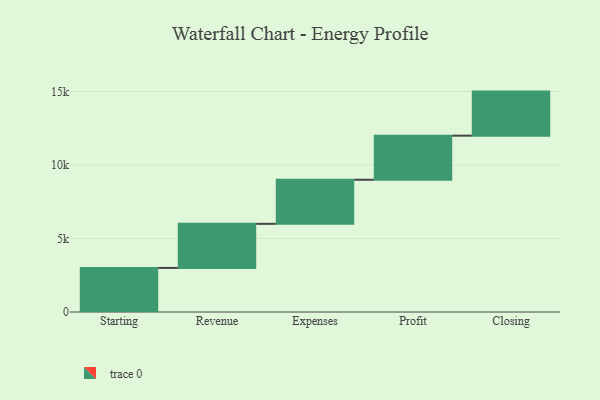
{"axis": {"x": "Step", "y": "Value"}, "legend": [""], "data": [{"x": "Starting", "y": 3000, "type": ""}, {"x": "Revenue", "y": 3000, "type": ""}, {"x": "Expenses", "y": 3000, "type": ""}, {"x": "Profit", "y": 3000, "type": ""}, {"x": "Closing", "y": 3000, "type": ""}]}